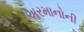
અરમાનોની